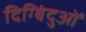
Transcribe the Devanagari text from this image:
दिग्बिंदुओं